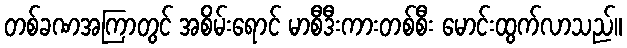
တစ်ခဏအကြာတွင် အစိမ်းရောင် မာစီဒီးကားတစ်စီး မောင်းထွက်လာသည်။